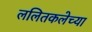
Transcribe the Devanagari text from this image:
ललितकलेच्या